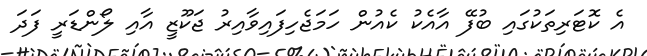
އެ ކޮޓަރިތަކުގައި ބުފޭ އާއެކު ކެއުން ހަމަޖެހިފައިވާއިރު ޖަކޫޒީ އާއި ލޯންޑަރީ ފަދަ